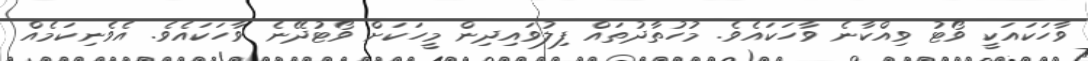
ވާހަކައަކީ ވޯޓު ވިއްކާނެ ވާހަކައެވެ. މުހުތާދުތައް ފިލުވައިދިން މީހަކަށް ވޯޓުދޭނެ ވާހަކައެވެ. އެވެނިކަމެއް